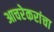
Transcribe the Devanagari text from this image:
आचरेकरांचा